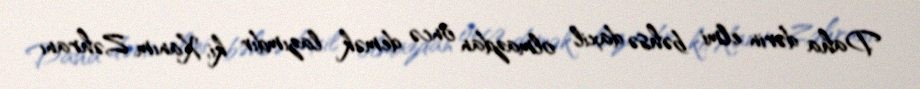
Daha dərin elmi bəhsə daxil olmazdan öncə demək lazımdır ki, Xanım Zəhranı